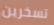
تسخرين